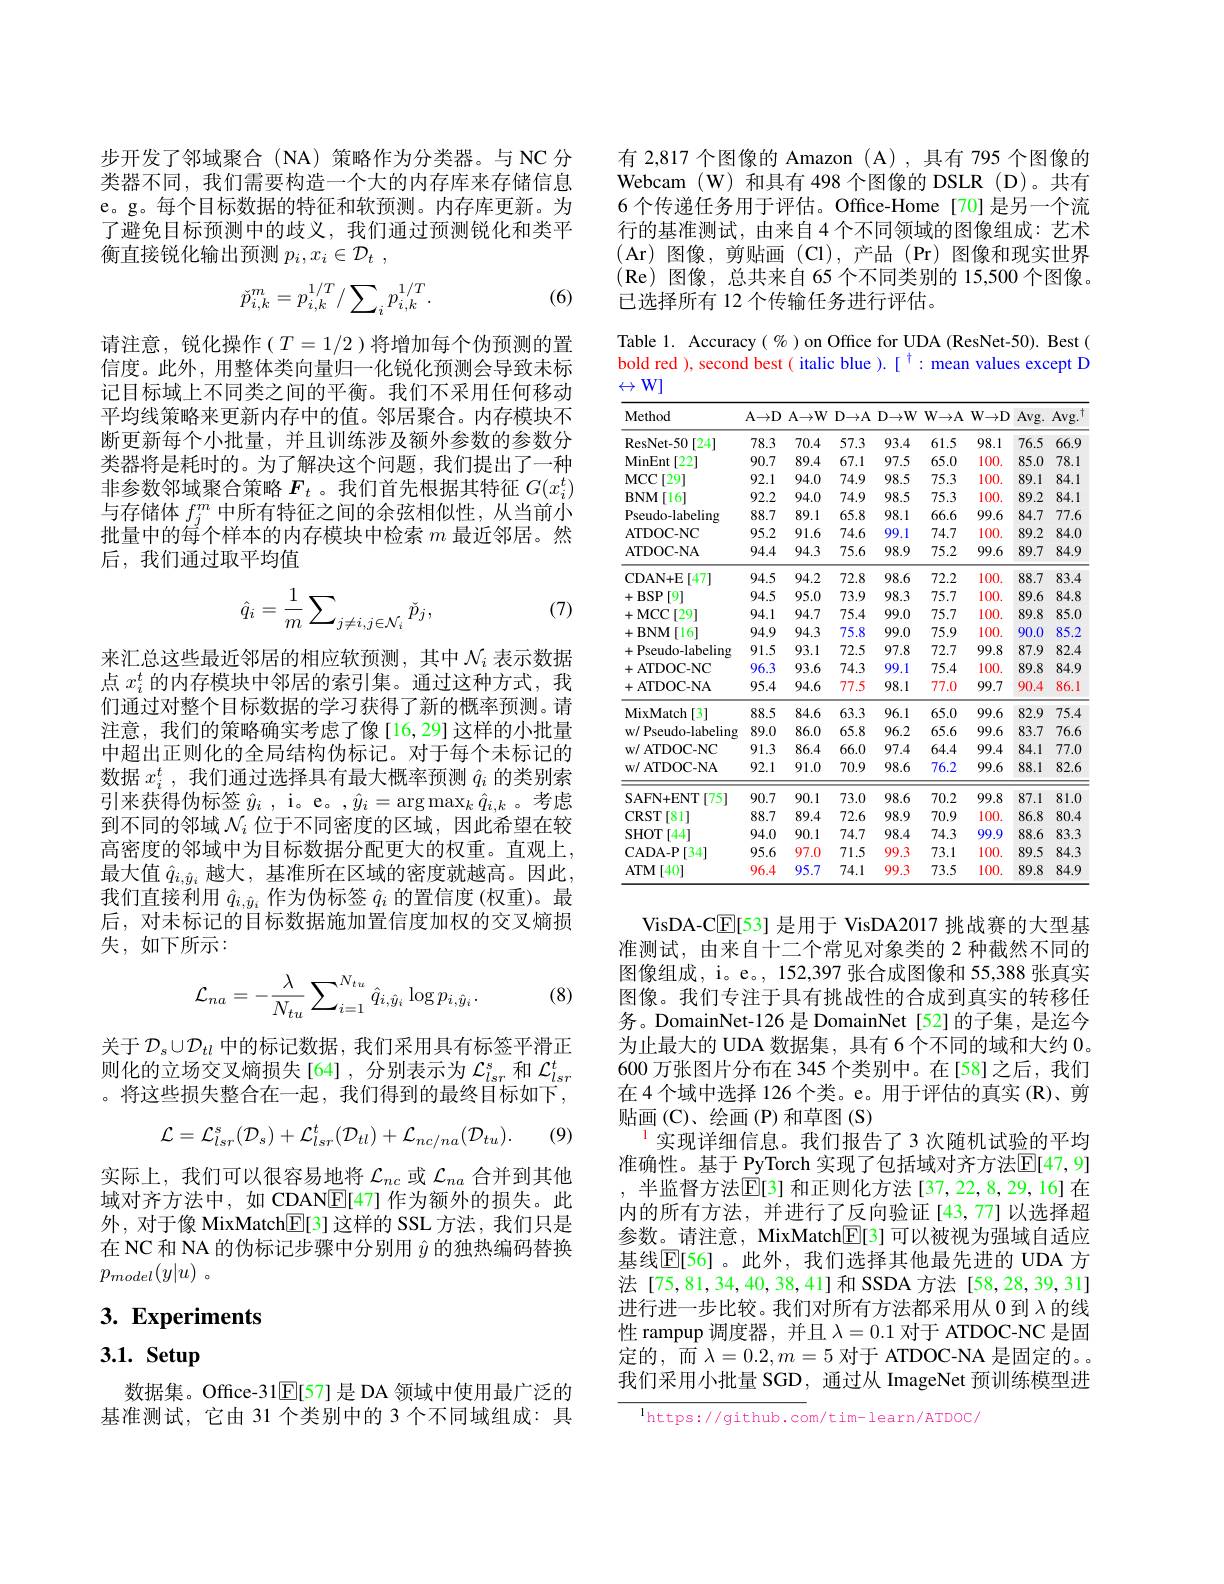
步开发了邻域聚合(NA)策略作为分类器。与 NC 分类器不同，我们需要构造一个大的内存库来存储信息e。g。每个目标数据的特征和软预测。内存库更新。为了避免目标预测中的歧义，我们通过预测锐化和类平衡直接锐化输出预测$p_i, x_i\in \mathcal{D} _t$ ,

(6)
$$\check{p}_{i,k}^m=p_{i,k}^{1/T}/\sum_ip_{i,k}^{1/T}.$$
请注意，锐化操作($T=1/2$)将增加每个伪预测的置信度。此外，用整体类向量归一化锐化预测会导致未标记目标域上不同类之间的平衡。我们不采用任何移动平均线策略来更新内存中的值。邻居聚合。内存模块不断更新每个小批量，并且训练涉及额外参数的参数分类器将是耗时的。为了解决这个问题，我们提出了一种非参数邻域聚合策略$F_t$ 。我们首先根据其特征$G(x_i^t)$ 与存储体$f_j^m$中所有特征之间的余弦相似性，从当前小批量中的每个样本的内存模块中检索$m$最近邻居。然后，我们通过取平均值
$$\hat{q}_i=\frac{1}{m}\sum_{j\neq i,j\in\mathcal{N}_i}\check{p}_j,$$
(7)

来汇总这些最近邻居的相应软预测，其中$\mathcal{N}_i$ 表示数据点$x_i^t$的内存模块中邻居的索引集。通过这种方式，我们通过对整个目标数据的学习获得了新的概率预测。请注意，我们的策略确实考虑了像[16,29]这样的小批量中超出正则化的全局结构伪标记。对于每个未标记的数据$x_i^t$,我们通过选择具有最大概率预测$\hat{q}_i$的类别索引来获得伪标签$\hat{y} _i$ , i。e。, $\hat{y} _i= \arg \max _k\hat{q} _{i, k}$ 。考虑到不同的邻域$\mathcal{N}_i$位于不同密度的区域，因此希望在较高密度的邻域中为目标数据分配更大的权重。直观上， 最大值$\hat{q}_{i,\hat{y}_i}$越大，基准所在区域的密度就越高。因此， 我们直接利用$\hat{q}_i,\hat{y}_i$作为伪标签$\hat{q}_i$的置信度(权重)。最后，对未标记的目标数据施加置信度加权的交叉熵损失，如下所示：
$$\mathcal{L}_{na}=-\frac{\lambda}{N_{tu}}\sum_{i=1}^{N_{tu}}\hat{q}_{i,\hat{y}_{i}}\log p_{i,\hat{y}_{i}}.$$
(8)

关于$\mathcal{D}_s\cup\mathcal{D}_{tl}$中的标记数据，我们采用具有标签平滑正则化的立场交叉熵损失[64],分别表示为$\mathcal{L}_lsr^s$ 和 $\mathcal{L}_lsr^t$ 。将这些损失整合在一起，我们得到的最终目标如下，

(9)
$$\mathcal{L}=\mathcal{L}_{lsr}^{s}(\mathcal{D}_{s})+\mathcal{L}_{lsr}^{t}(\mathcal{D}_{tl})+\mathcal{L}_{nc/na}(\mathcal{D}_{tu}).$$
实际上，我们可以很容易地将$\mathcal{L}_nc$或$\mathcal{L}_na$合并到其他域对齐方法中，如 CDAN$\overline{\mathbb{E}}[47]$作为额外的损失。此外，对于像 MixMatch[E[3]这样的 SSL 方法，我们只是在 NC 和 NA 的伪标记步骤中分别用$\hat{y}$的独热编码替换$p_{model}( y| u)$ 。

# 3. Experiments

# 3.1. Setup

数据集。Office-31$\mathbb{E}[57]$是 DA 领域中使用最广泛的基准测试，它由 31 个类别中的 3 个不同域组成：具

有 2,817 个图像的 Amazon (A) ,具有 795 个图像的Webcam (W)和具有 498 个图像的 DSLR (D)。共有6 个传递任务用于评估。Office-Home[70]是另一个流行的基准测试，由来自 4 个不同领域的图像组成：艺术(Ar)图像，剪贴画(Cl),产品(Pr)图像和现实世界(Re)图像，总共来自 65 个不同类别的 15,500 个图像。已选择所有 12 个传输任务进行评估。

Table 1. Accuracy( %) on Office for UDA (ResNet-50). Best ( bold red ), second best( italic blue $).[^{\dagger}:$mean values except D $\leftrightarrow\mathbb{W}]$

<table>
	<tbody>
		<tr>
			<th>Method</th>
			<th>A$\to$D</th>
			<th>$\mathbf{A}\to\mathbf{W}$</th>
			<th>$D\to A$</th>
			<th>$D\to W$</th>
			<th>$W\to\mathbb{A}$</th>
			<th>$W\to D$</th>
			<th>$Avg.$</th>
			<th>Avg. </th>
		</tr>
		<tr>
			<td>ResNet- 50 [24]</td>
			<td>78.3</td>
			<td>70.4</td>
			<td>57.3</td>
			<td>93.4</td>
			<td>61.5</td>
			<td>98.1</td>
			<td>76.5</td>
			<td>66.9</td>
		</tr>
		<tr>
			<td>MinEnt [22]</td>
			<td>90.7</td>
			<td>89.4</td>
			<td>67.1</td>
			<td>97.5</td>
			<td>65.0</td>
			<td>100.</td>
			<td>85.0</td>
			<td>78.1</td>
		</tr>
		<tr>
			<td>$MCC$ [29]</td>
			<td>92.1</td>
			<td>94.0</td>
			<td>74.9</td>
			<td>98.5</td>
			<td>75.3</td>
			<td>100.</td>
			<td>89.1</td>
			<td>84.1</td>
		</tr>
		<tr>
			<td>$\mathbf{BNM}$ 16 1</td>
			<td>92.2</td>
			<td>94.0</td>
			<td>74.9</td>
			<td>98.5</td>
			<td>75.3</td>
			<td>100.</td>
			<td>89.2</td>
			<td>84.1</td>
		</tr>
		<tr>
			<td>Pseudo-labeling</td>
			<td>88.7</td>
			<td>89.1</td>
			<td>65.8</td>
			<td>98.1</td>
			<td>66.6</td>
			<td>99.6</td>
			<td>84.7</td>
			<td>77.6</td>
		</tr>
		<tr>
			<td>ATDOC- NC</td>
			<td>95.2</td>
			<td>91.6</td>
			<td>74.6</td>
			<td>99.1</td>
			<td>74.7</td>
			<td>100.</td>
			<td>89.2</td>
			<td>84.0</td>
		</tr>
		<tr>
			<td>ATDOC- NA</td>
			<td>94.4</td>
			<td>94.3</td>
			<td>75.6</td>
			<td>98.9</td>
			<td>75.2</td>
			<td>99.6</td>
			<td>89.7</td>
			<td>84.9</td>
		</tr>
		<tr>
			<td>CDAN+ E [47] </td>
			<td>94.5</td>
			<td>94.2</td>
			<td>72.8</td>
			<td>98.6</td>
			<td>72.2</td>
			<td>100.</td>
			<td>88.7</td>
			<td>83.4</td>
		</tr>
		<tr>
			<td>$+BSP$ [9]</td>
			<td>94.5</td>
			<td>95.0</td>
			<td>73.9</td>
			<td>98.3</td>
			<td>75.7</td>
			<td>100.</td>
			<td>89.6</td>
			<td>84.8</td>
		</tr>
		<tr>
			<td>MCC [29] + 1</td>
			<td>94.1</td>
			<td>94.7</td>
			<td>75.4</td>
			<td>99.0</td>
			<td>75.7</td>
			<td>100.</td>
			<td>89.8</td>
			<td>85.0</td>
		</tr>
		<tr>
			<td>$\mathbf{BNM}$ 161 + 1</td>
			<td>94.9</td>
			<td>94.3</td>
			<td>75.8</td>
			<td>99.0</td>
			<td>75.9</td>
			<td>100.</td>
			<td>90.0</td>
			<td>85.2</td>
		</tr>
		<tr>
			<td>+Pseudo-labeling</td>
			<td>91.5</td>
			<td>93.1</td>
			<td>72.5</td>
			<td>97.8</td>
			<td>72.7</td>
			<td>99.8</td>
			<td>87.9</td>
			<td>82.4</td>
		</tr>
		<tr>
			<td>+ATDOC-NC</td>
			<td>96.3</td>
			<td>93.6</td>
			<td>74.3</td>
			<td>99.1</td>
			<td>75.4</td>
			<td>100.</td>
			<td>89.8</td>
			<td>84.9</td>
		</tr>
		<tr>
			<td>+ATDOC-NA</td>
			<td>95.4</td>
			<td>94.6</td>
			<td>77.5</td>
			<td>98.1</td>
			<td>77.0</td>
			<td>99.7</td>
			<td>90.4</td>
			<td>86.1</td>
		</tr>
		<tr>
			<td>MixMatch [3]</td>
			<td>88.5</td>
			<td>84.6</td>
			<td>63.3</td>
			<td>96.1</td>
			<td>65.0</td>
			<td>99.6</td>
			<td>82.9</td>
			<td>75.4</td>
		</tr>
		<tr>
			<td>w/ Pseudo-labeling</td>
			<td>89.0</td>
			<td>86.0</td>
			<td>65.8</td>
			<td>96.2</td>
			<td>65.6</td>
			<td>99.6</td>
			<td>83.7</td>
			<td>76.6</td>
		</tr>
		<tr>
			<td>w/ ATDOC- NC</td>
			<td>91.3</td>
			<td>86.4</td>
			<td>66.0</td>
			<td>97.4</td>
			<td>64.4</td>
			<td>99.4</td>
			<td>84.1</td>
			<td>77.0</td>
		</tr>
		<tr>
			<td>w/ ATDOC- NA</td>
			<td>92.1</td>
			<td>91.0</td>
			<td>70.9</td>
			<td>98.6</td>
			<td>76.2</td>
			<td>99.6</td>
			<td>88.1</td>
			<td>82.6</td>
		</tr>
		<tr>
			<td>SAFN+ ENT[75]</td>
			<td>90.7</td>
			<td>90.1</td>
			<td>73.0</td>
			<td>98.6</td>
			<td>70.2</td>
			<td>99.8</td>
			<td>87.1</td>
			<td>81.0</td>
		</tr>
		<tr>
			<td>CRST [81]</td>
			<td>88.7</td>
			<td>89.4</td>
			<td>72.6</td>
			<td>98.9</td>
			<td>70.9</td>
			<td>100.</td>
			<td>86.8</td>
			<td>80.4</td>
		</tr>
		<tr>
			<td>SHOT [44]</td>
			<td>94.0</td>
			<td>90.1</td>
			<td>74.7</td>
			<td>98.4</td>
			<td>74.3</td>
			<td>99.9</td>
			<td>88.6</td>
			<td>83.3</td>
		</tr>
		<tr>
			<td>$\mathbf{CADA-P}$ [34]</td>
			<td>95.6</td>
			<td>97.0</td>
			<td>71.5</td>
			<td>99.3</td>
			<td>73.1</td>
			<td>100.</td>
			<td>89.5</td>
			<td>84.3</td>
		</tr>
		<tr>
			<td>$ATM$ [40]</td>
			<td>96.4</td>
			<td>95.7</td>
			<td>74.1</td>
			<td>99.3</td>
			<td>73.5</td>
			<td>100.</td>
			<td>89.8</td>
			<td>84.9</td>
		</tr>
	</tbody>
</table>

VisDA-C$\underline{\mathrm{E}}[53]$是用于 VisDA2017 挑战赛的大型基准测试，由来自十二个常见对象类的 2 种截然不同的图像组成，i。e。, 152,397 张合成图像和 55,388 张真实图像。我们专注于具有挑战性的合成到真实的转移任务。DomainNet-126 是 DomainNet [52]的子集，是迄今为止最大的 UDA 数据集，具有 6 个不同的域和大约 0。600 万张图片分布在 345 个类别中。在[58]之后，我们在4个域中选择 126 个类。e。用于评估的真实 (R)、剪贴画(C)、绘画(P)和草图(S)
$^{1}$实现详细信息。我们报告了3次随机试验的平均准确性。基于 PyTorch 实现了包括域对齐方法$\mathbb{E}[47,9]$
半监督方法$\overline{\mathbb{E}}[3]$ 和正则化方法[37,22,8,29,16]在内的所有方法，并进行了反向验证[43,77]以选择超参数。请注意，MixMatch$\underline{\mathrm{E}}[3]$可以被视为强域自适应基线$\mathbb{E}[56]$。此外，我们选择其他最先进的 UDA 方法[75,81,34,40,38,41]和SSDA 方法[58,28,39,31] 进行进一步比较。我们对所有方法都采用从 0 到$\lambda$的线性 rampup 调度器，并且$\lambda=0.1$对于 ATDOC-NC 是固定的，而$\lambda=0.2,m=5$ 对于 ATDOC-NA 是固定的。我们采用小批量 SGD, 通过从 ImageNet 预训练模型进

$^{\mathrm{l}}$https://github.com/tim-learn/ATDOC,